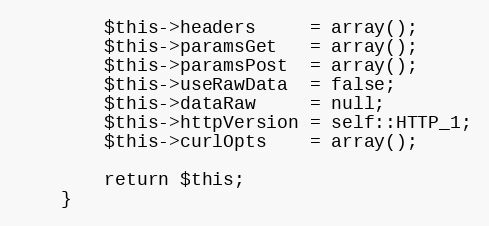
Language: PHP
		$this->headers 	   = array();
		$this->paramsGet   = array();
		$this->paramsPost  = array();
		$this->useRawData  = false;
		$this->dataRaw 	   = null;
		$this->httpVersion = self::HTTP_1;
		$this->curlOpts    = array();

		return $this;
	}